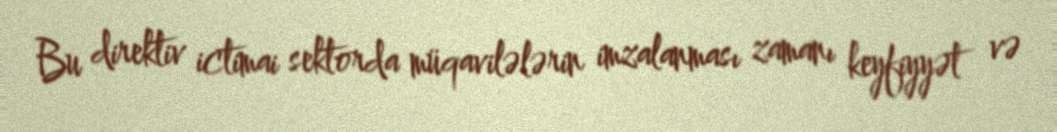
Bu direktiv ictimai sektorda müqavilələrin imzalanması zamanı keyfiyyət və